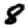
Digit: 8